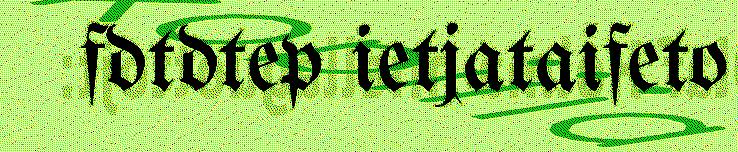
fdtdtep ietjataifeto